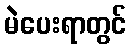
မဲပေးရာတွင်